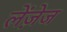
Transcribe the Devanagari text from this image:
लेंज़ेज